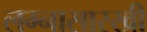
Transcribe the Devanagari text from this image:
लग्नासारखी